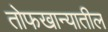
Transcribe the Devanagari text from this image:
तोफखान्यातील